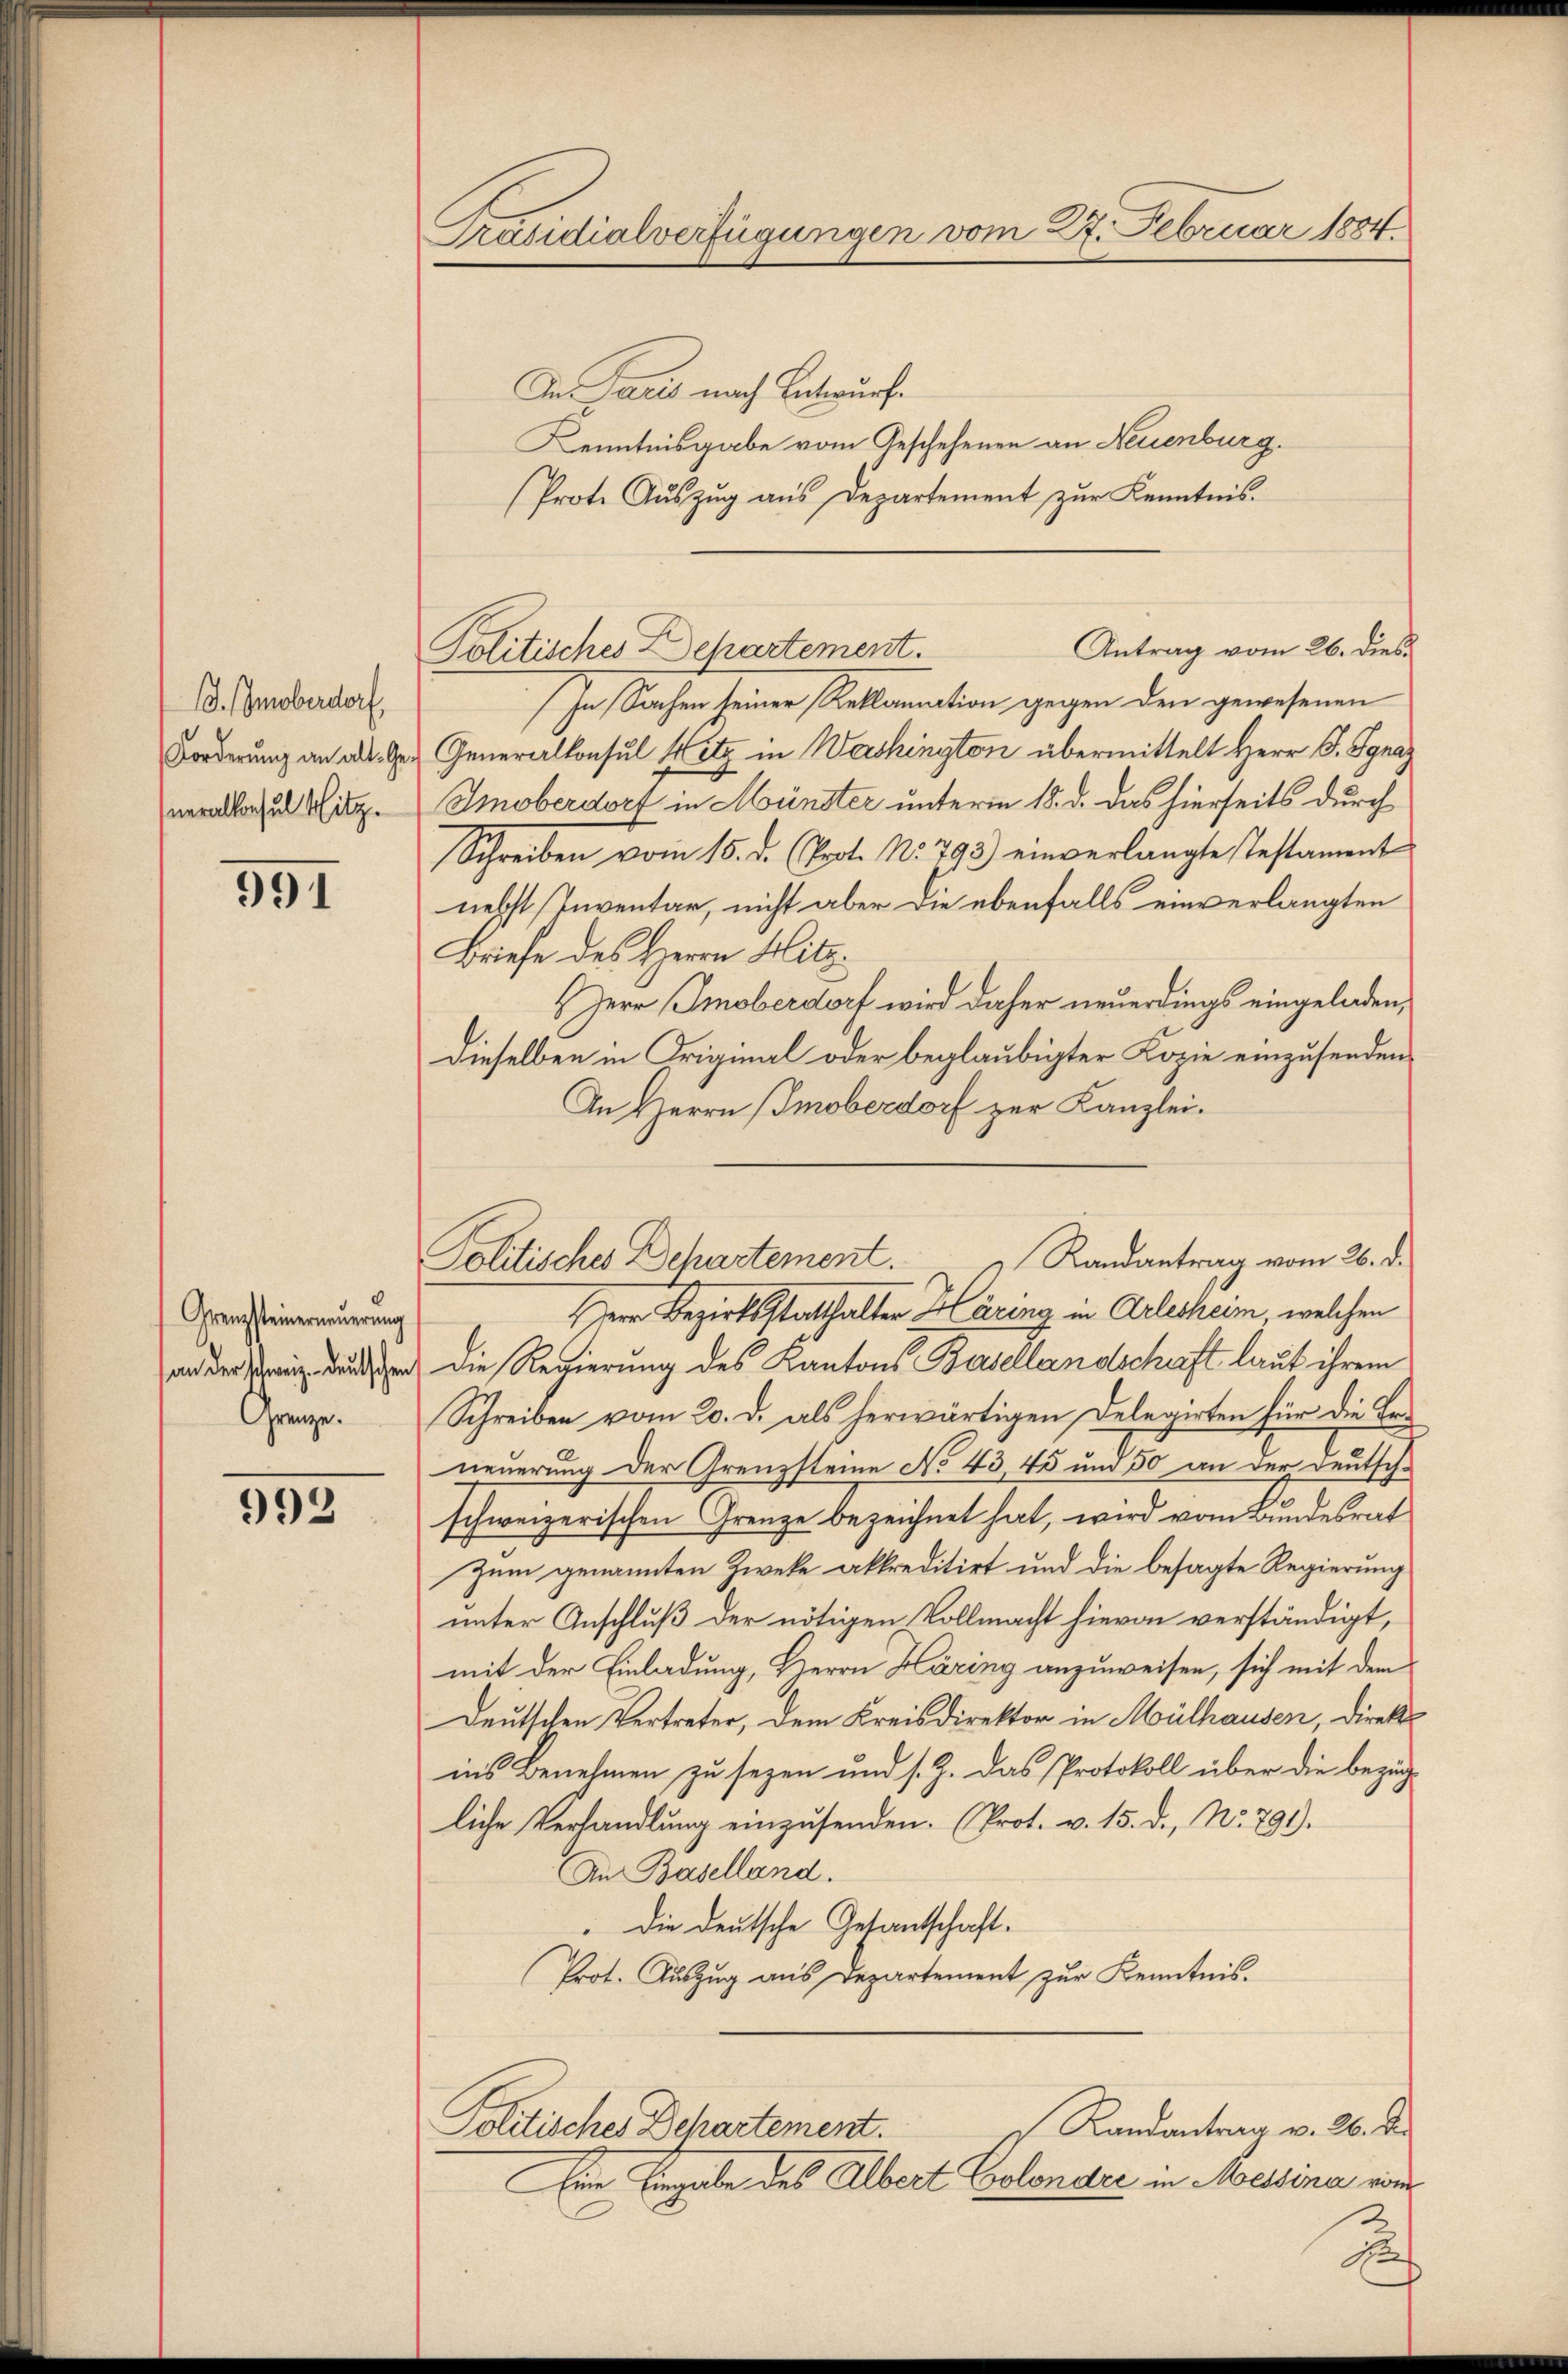
D. (moberdorf,
Forderung an alt. Generalkonsul Hitz

991

Grenzsteinerneuerung
an der schweiz. Deutschen
Grenze.

992

Präsidialverfügungen vom 27. Februar 1884

Ie Paris nach Entwurfe
Kenntnisgabe vom Geschehenen an Neuenburg.
Prote Aŭszŭg aŭs Departement zŭr Kenntnis.
Politisches Dehartement.
In Sachen seiner Reklamation gegen den gewesenen
Generalkonsul Hitz in Washington übermittelt Herr P. Jgnar
Imoberdort in Münster unterm 18. d. das hierseits durch
Schreiben vom 15. d. (Prot. No. 793) einverlangte Testament
nehst Inventar, nicht aber die ebenfalls einverlangten
Briefe des Herrn Hitz.
Herr Smoberdorf wird daher neuerdings eingeladen,
dieselben in Original oder beglaubigter Kopie einzusenden
An Herrn Imoberdorf zur Kanzlei.
Herr Bezirksstatthalter Häring in Arlesheim, welchen
die Regierung des Kantons Basellandschaft laut ihrem
Schreiben vom 20. d. als herwärtigen Delegirten für die Beneuerung der Grenzsteine No 43,45 und 50 an der Deutschschweizerischen Grenze bezeichnet hat, wird vom Bundesrat
Zum genannten Zweke akkreditirt und die besagte Regierung
unter Anschluß der nötigen Vollmacht hievon verständigt,
mit der Einladung, Herrn Häring anzuweisen, sich mit dem
Deutschen Vertreter, dem Kreisdirektor in Mülhausen, direkins Benehmen zu sezen und s. Z. das Protokoll über die bezüg-
liche Verhandlung einzusenden. (Prot. v. 15. d., No. 791).
An Baselland.
Die deutsche Gesandschaft.
Prot. Auszug aus Departement zur Kenntnis.
Randantrag v. 26. Der
Politisches Behartement.
Eine Eingabe des Albert Colondre in Messina von

Antrag vom 26. dies

Randantrag vom 26. d.
Politisches Dehartement.

No